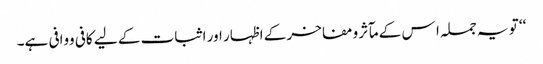
‘‘ تو یہ جملہ ا س کے مآثر ومفاخر کے اظہار اور اثبات کے لیے کافی ووافی ہے۔